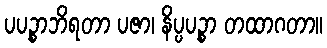
ပပဉ္စာဘိရတာ ပဇာ၊ နိပ္ပပဉ္စာ တထာဂတာ။